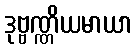
ဒုဗ္ဗဏ္ဏိယမာယာ